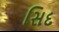
સિદ